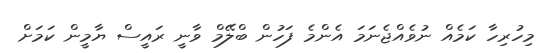
މިހުރިހާ ކަމެއް ނުވެއްޖެނަމަ އެންމެ ފަހުން ބްލޭމް ވާނީ ރައީސް ޔާމީން ކަމަށް